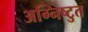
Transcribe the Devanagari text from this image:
अग्निष्टुत